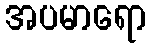
အပမာရော